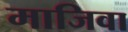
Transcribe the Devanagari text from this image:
माजिवा